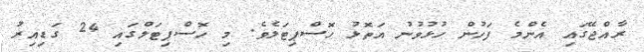
ރާއްޖޭގައި އެންމެ ފަހުން ހުޅުވުނު އަތޮޅު ހޮސްޕިޓަލެވެ. މި ހޮސްޕިޓަލްގައި 24 ގަޑިއިރު